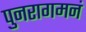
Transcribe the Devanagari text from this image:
पुनरागमनं